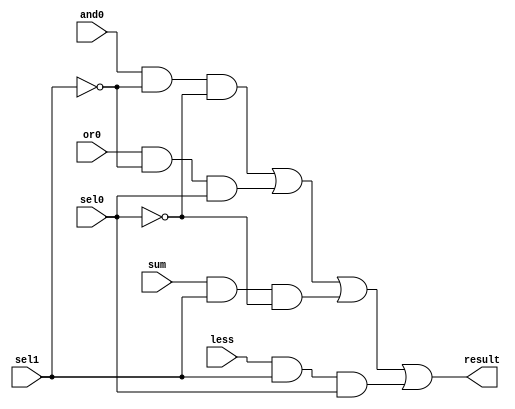
`timescale 1ns / 1ps
//////////////////////////////////////////////////////////////////////////////////
// Company: 
// Engineer: 
// 
// Design Name: 
// Module Name:    mux4_1 
// Project Name: 
// Target Devices: 
// Tool versions: 
// Description: 
//
// Dependencies: 
//
// Revision: 
// Revision 0.01 - File Created
// Additional Comments: 
//
//////////////////////////////////////////////////////////////////////////////////
// MULTIPLEXER
//mux4_1
module mux4_1 (
output result,
input and0, or0, sum, less, sel1, sel0);
wire sel1n, sel0n, mux0, mux1, mux2;
not M1 (sel1n, sel1);
not M2 (sel0n, sel0);
and M3 (mux0, and0, sel1n, sel0n);
and M4 (mux1, or0, sel1n, sel0);
and M5 (mux2, sum, sel1, sel0n);
and M6 (mux3, less, sel1, sel0);
or M7 (result, mux0, mux1, mux2, mux3);
endmodule